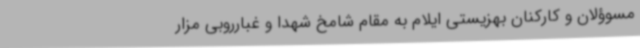
مسوؤلان و کارکنان بهزیستی ایلام به مقام شامخ شهدا و غبارروبی مزار